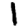
Digit: 1